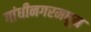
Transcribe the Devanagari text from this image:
गांधीनगरमधून